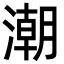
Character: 潮